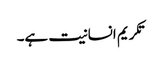
تکریم انسانیت ہے۔